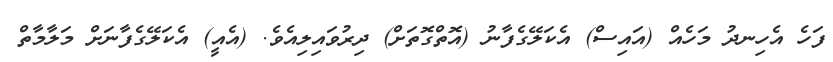
ފަހެ އެހިނދު މަހެއް (އައިސް) އެކަލޭގެފާނު (އޮތްގޮތަށް) ދިރުވައިލިއެވެ. (އެއީ) އެކަލޭގެފާނަށް މަލާމާތް